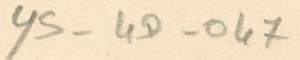
YS-4D-047